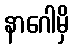
နာဂေါမှိ